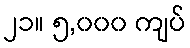
၂၁။ ၅,၀၀၀ ကျပ်